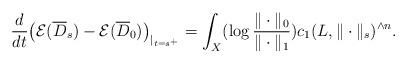
LaTeX: \begin{align*}\frac{d}{dt}\bigl(\mathcal{E}(\overline{D}_s)-\mathcal{E}(\overline{D}_0)\bigr)_{|_{t=s^+}}=\int_X(\log\frac{\|\cdot\|_0}{\|\cdot\|_1})c_1(L,\|\cdot\|_s)^{\wedge n}.\end{align*}